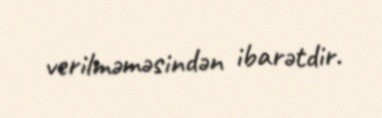
verilməməsindən ibarətdir.